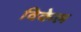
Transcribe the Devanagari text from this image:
विकेल